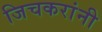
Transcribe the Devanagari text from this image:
जिचकरांनी